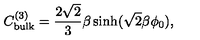
C _ { \mathrm { b u l k } } ^ { ( 3 ) } = \frac { 2 \sqrt { 2 } } { 3 } \beta \sinh ( \sqrt { 2 } \beta \phi _ { 0 } ) ,